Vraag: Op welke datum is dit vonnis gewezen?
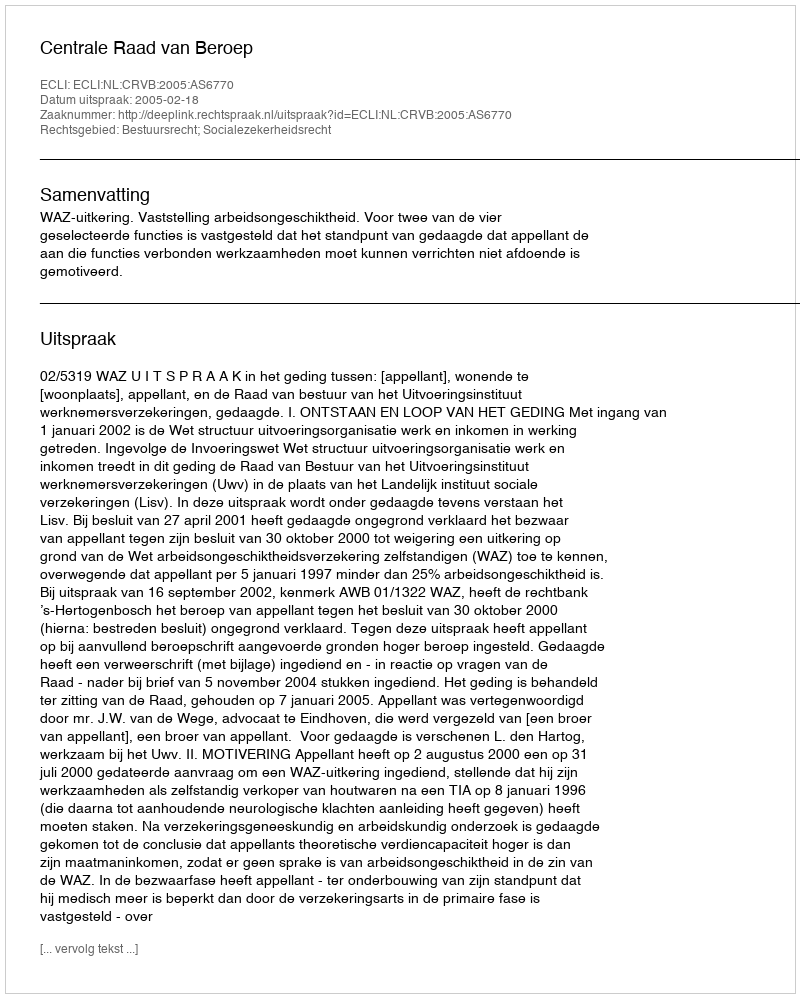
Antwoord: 2005-02-18